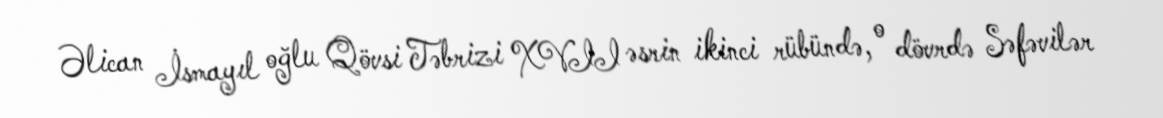
Əlican İsmayıl oğlu Qövsi Təbrizi XVII əsrin ikinci rübündə, o dövrdə Səfəvilər